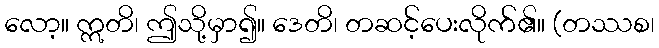
လော့။ ဣတိ၊ ဤသို့မှာ၍။ ဒေတိ၊ တဆင့်ပေးလိုက်၏။ (တဿစ၊